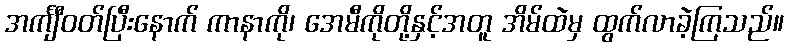
အင်္ကျီဝတ်ပြီးနောက် ကာနာကို၊ အေမီကိုတို့နှင့်အတူ အိမ်ထဲမှ ထွက်လာခဲ့ကြသည်။